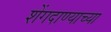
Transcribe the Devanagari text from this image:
शेंगदाण्याच्या